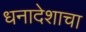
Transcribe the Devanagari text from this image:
धनादेशाचा